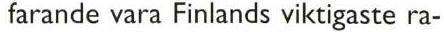
farande vara Finlands viktigaste ra-